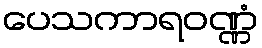
ပေသကာရဝဏ္ဏံ